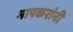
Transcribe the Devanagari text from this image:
भापकरांनी